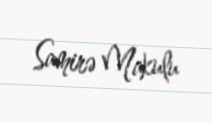
Samirə Makulu